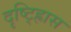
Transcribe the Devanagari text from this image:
दृष्ट्ह्रािस